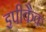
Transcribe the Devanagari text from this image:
इपीकैक